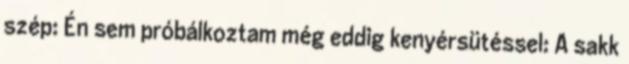
szép: Én sem próbálkoztam még eddig kenyérsütéssel: A sakk